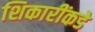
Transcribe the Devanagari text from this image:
शिकारींकडे